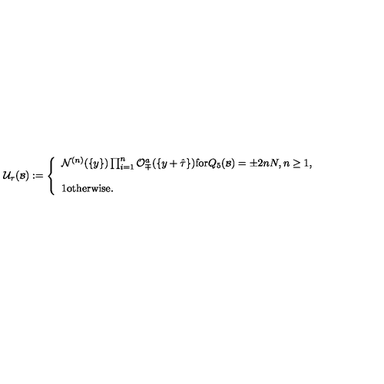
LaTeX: { \cal U } _ { \tau } ( { \scriptstyle { \cal B } } ) : = \left\{ \begin{array} { l } { { \cal N } ^ { ( n ) } ( \{ y \} ) \prod _ { i = 1 } ^ { n } { \cal O } _ { \mp } ^ { a } ( \{ y + \hat { \tau } \} ) \mathrm { f o r } Q _ { 5 } ( { \scriptstyle { \cal B } } ) = \pm 2 n N , n \geq 1 , } \\ { } \\ { 1 \mathrm { o t h e r w i s e } . } \\ \end{array} \right.